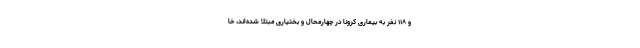
و ۱۱۸ نفر به بیماری کرونا در چهارمحال و بختیاری مبتلا شده‌اند، خا